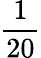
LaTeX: \frac{1}{20}